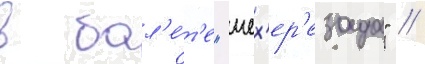
в бал'е́т'е "шех'ер'езада" //